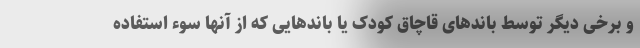
و برخی دیگر توسط باندهای قاچاق کودک یا باندهایی که از آنها سوء استفاده